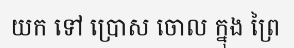
យក ទៅ ប្រោស ចោល ក្នុង ព្រៃ